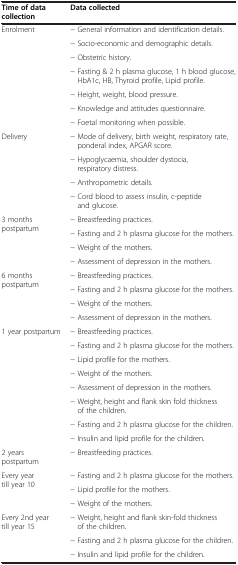
| Time of data collection | Data collected |
 | --- | --- |
 | <ROWSPAN=7> Enrolment | − General information and identification details. |
 | − Socio-economic and demographic details. |
 | − Obstetric history. |
 | − Fasting & 2 h plasma glucose, 1 h blood glucose, HbA1c, HB, Thyroid profile, Lipid profile. |
 | − Height, weight, blood pressure. |
 | − Knowledge and attitudes questionnaire. |
 | − Foetal monitoring when possible. |
 | <ROWSPAN=4> Delivery | − Mode of delivery, birth weight, respiratory rate, ponderal index, APGAR score. |
 | − Hypoglycaemia, shoulder dystocia, respiratory distress. |
 | − Anthropometric details. |
 | − Cord blood to assess insulin, c-peptide and glucose. |
 | <ROWSPAN=4> 3 months postpartum | − Breastfeeding practices. |
 | − Fasting and 2 h plasma glucose for the mothers. |
 | − Weight of the mothers. |
 | − Assessment of depression in the mothers. |
 | <ROWSPAN=4> 6 months postpartum | − Breastfeeding practices. |
 | − Fasting and 2 h plasma glucose for the mothers. |
 | − Weight of the mothers. |
 | − Assessment of depression in the mothers. |
 | <ROWSPAN=8> 1 year postpartum | − Breastfeeding practices. |
 | − Fasting and 2 h plasma glucose for the mothers. |
 | − Lipid profile for the mothers. |
 | − Weight of the mothers. |
 | − Assessment of depression in the mothers. |
 | − Weight, height and flank skin fold thickness of the children. |
 | − Fasting and 2 h plasma glucose for the children. |
 | − Insulin and lipid profile for the children. |
 | 2 years postpartum | − Breastfeeding practices. |
 | <ROWSPAN=3> Every year till year 10 | − Fasting and 2 h plasma glucose for the mothers. |
 | − Lipid profile for the mothers. |
 | − Weight of the mothers. |
 | <ROWSPAN=3> Every 2nd year till year 15 | − Weight, height and flank skin-fold thickness of the children. |
 | − Fasting and 2 h plasma glucose for the children. |
 | − Insulin and lipid profile for the children. |